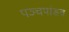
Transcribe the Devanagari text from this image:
पञ्चपांडव